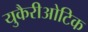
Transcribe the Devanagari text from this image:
युकैरीओटिक